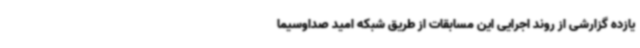
یازده گزارشی از روند اجرایی این مسابقات از طریق شبکه امید صداوسیما